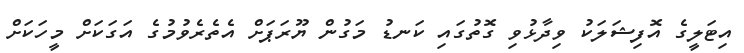
އިޓަލީގެ އޮފިޝަލަކު ވިދާޅުވި ގޮތުގައި ކަނޑު މަގުން ޔޫރަޕަށް އެތެރެވުމުގެ އަގަކަށް މީހަކަށް